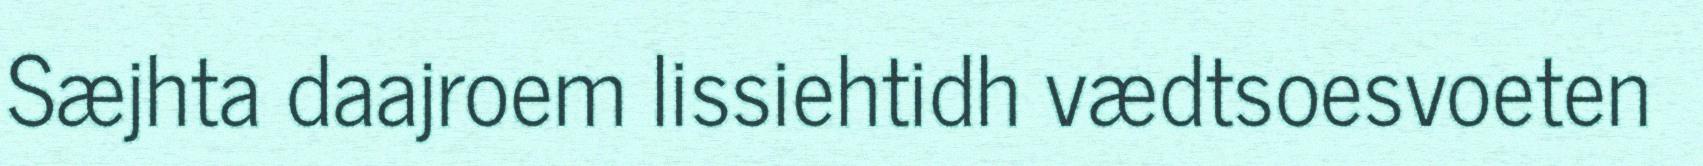
Sæjhta daajroem lissiehtidh vædtsoesvoeten